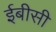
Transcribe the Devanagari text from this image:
ईबीसी